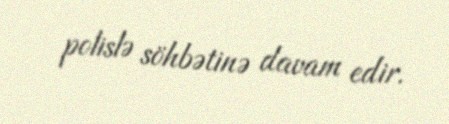
polislə söhbətinə davam edir.